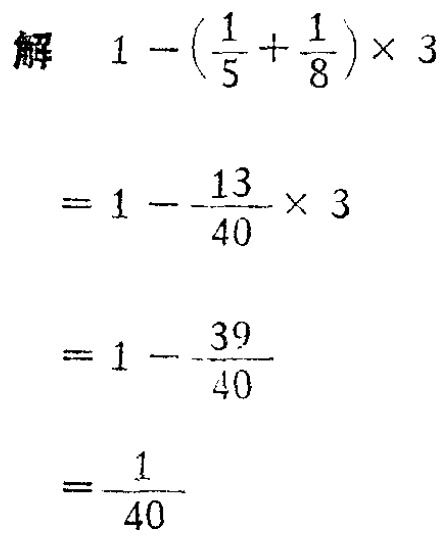
解

\[

\begin{align*}

&1 - (\frac{1}{5} + \frac{1}{8})× 3\\

=&1 - \frac{13}{40}× 3\\

=&1 - \frac{39}{40}\\

=&\frac{1}{40}

\end{align*}

\]